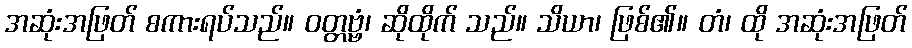
အဆုံးအဖြတ် စကားရပ်သည်။ ဝတ္တဗ္ဗံ၊ ဆိုထိုက် သည်။ သိယာ၊ ဖြစ်၏။ တံ၊ ထို အဆုံးအဖြတ်